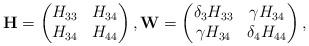
LaTeX: \begin{align*}\mathbf{H}=\begin{pmatrix}H_{33} & H_{34} \\ H_{34} & H_{44} \end{pmatrix},\mathbf{W}=\begin{pmatrix} \delta_3 H_{33} & \gamma H_{34} \\ \gamma H_{34} & \delta_4 H_{44} \end{pmatrix},\end{align*}